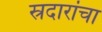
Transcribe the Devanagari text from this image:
स्रदारांचा